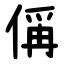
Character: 偁